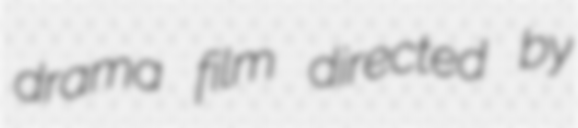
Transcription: drama film directed by